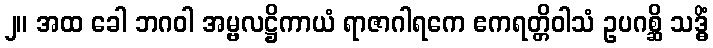
၂။ အထ ခေါ ဘဂဝါ အမ္ဗလဋ္ဌိကာယံ ရာဇာဂါရကေ ဧကရတ္တိဝါသံ ဥပဂစ္ဆိ သဒ္ဓိံ